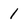
Character: 1